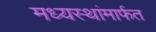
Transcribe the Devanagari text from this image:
मध्यस्थांमार्फत